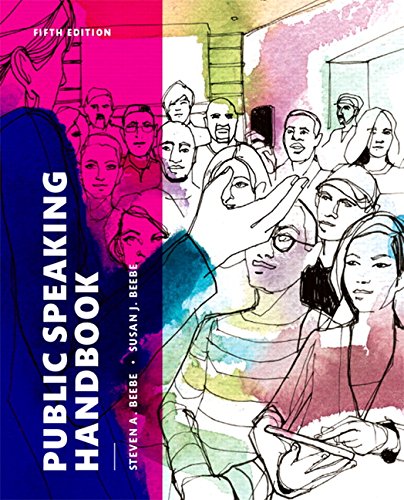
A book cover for Public Speaking Handbook (5th Edition); Steven A. Beebe; Humor & Entertainment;